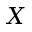
X